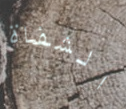
الشفاة